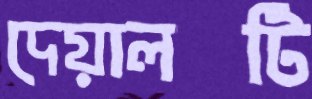
দেয়ালটি